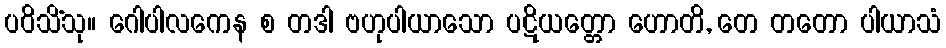
ပဝိသိံသု။ ဂေါပါလကေန စ တဒါ ဗဟုပါယာသော ပဋိယတ္တော ဟောတိ, တေ တတော ပါယာသံ